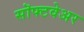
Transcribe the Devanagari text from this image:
सॊफ्टवेअर